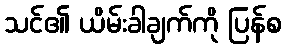
သင်၏ ယိမ်းခါချက်ကို ပြန်စ